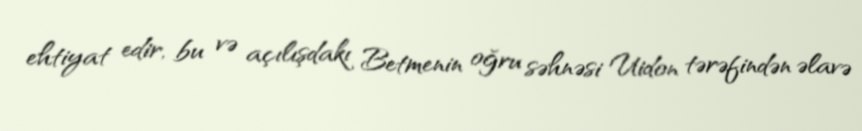
ehtiyat edir, bu və açılışdakı Betmenin oğru səhnəsi Uidon tərəfindən əlavə